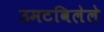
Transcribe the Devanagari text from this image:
उमटविलेले